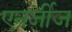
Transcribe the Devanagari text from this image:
एनर्जीज